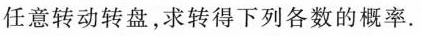
任意转动转盘，求转得下列各数的概率.